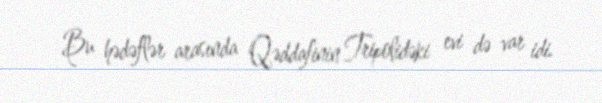
Bu hədəflər arasında Qəddafinin Tripolidəki evi də var idi.